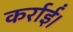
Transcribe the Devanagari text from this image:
कर्राईं।